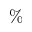
\%